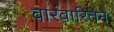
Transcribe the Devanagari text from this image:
वारंवारितेने